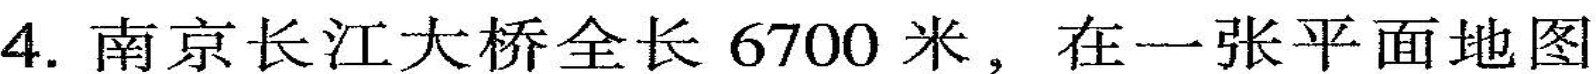
4.南京长江大桥全长6700米，在一张平面地图